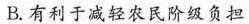
B.有利于减轻农民阶级负担